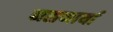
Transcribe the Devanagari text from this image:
नसणार्या